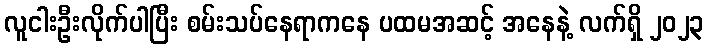
လူငါးဦးလိုက်ပါပြီး စမ်းသပ်နေရာကနေ ပထမအဆင့် အနေနဲ့ လက်ရှိ ၂၀၂၃